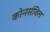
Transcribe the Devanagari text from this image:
कोनर्सविल